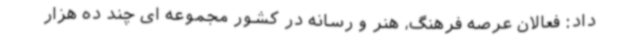
داد: فعالان عرصه فرهنگ، هنر و رسانه در کشور مجموعه ای چند ده هزار